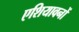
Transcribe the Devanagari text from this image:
एशियावनों